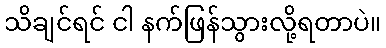
သိချင်ရင် ငါ နက်ဖြန်သွားလို့ရတာပဲ။